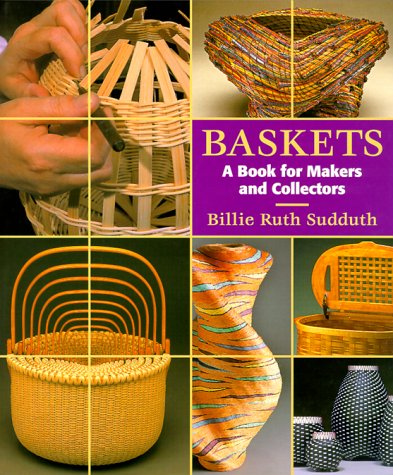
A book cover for Baskets: A Book for Makers and Collectors; Billie Ruth Sudduth; Crafts, Hobbies & Home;